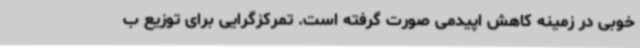
خوبی در زمینه کاهش اپیدمی صورت گرفته است. تمرکزگرایی برای توزیع ب